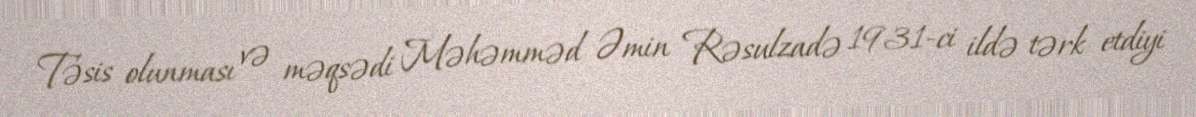
Təsis olunması və məqsədi Məhəmməd Əmin Rəsulzadə 1931-ci ildə tərk etdiyi